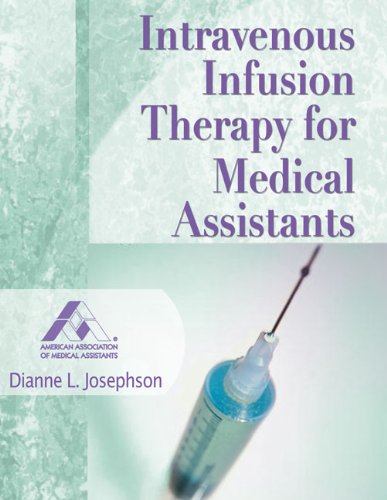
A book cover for Intravenous Infusion Therapy for Medical Assistants (American Association of Medical Assistants); American Association for Medical Assistants; Medical Books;